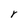
Character: r